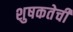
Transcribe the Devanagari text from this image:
शुषकतेची